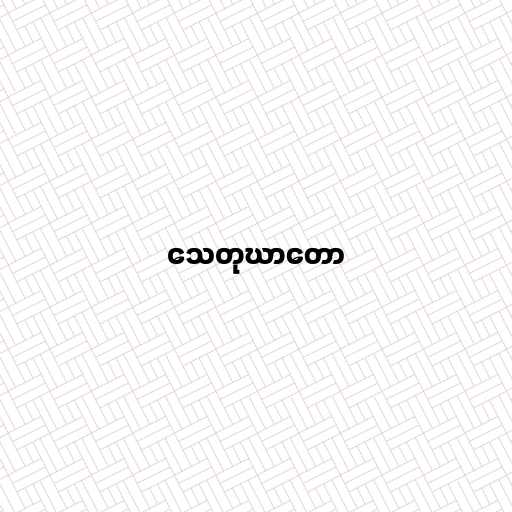
သေတုဃာတော